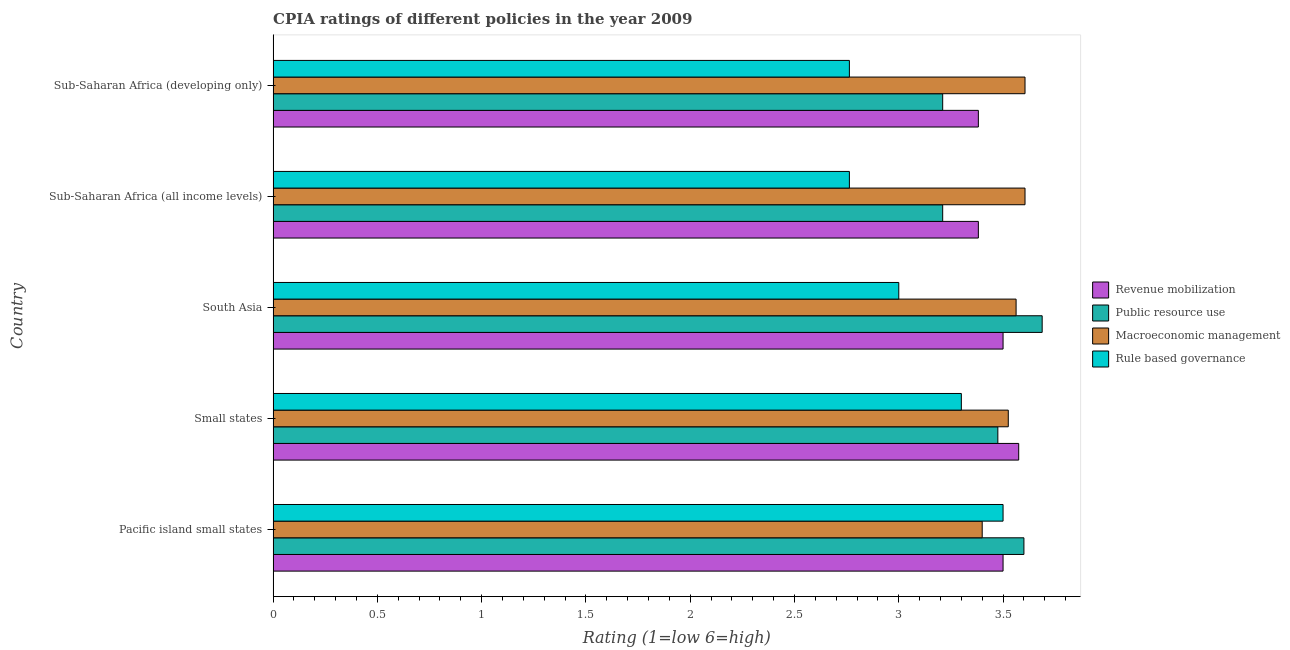
| Country | Revenue mobilization | Public resource use | Macroeconomic management | Rule based governance |
 | --- | --- | --- | --- | --- |
 | Pacific island small states | 3.5 | 3.6 | 3.4 | 3.5 |
 | Small states | 3.58 | 3.48 | 3.52 | 3.3 |
 | South Asia | 3.5 | 3.69 | 3.56 | 3 |
 | Sub-Saharan Africa (all income levels) | 3.38 | 3.21 | 3.61 | 2.76 |
 | Sub-Saharan Africa (developing only) | 3.38 | 3.21 | 3.61 | 2.76 |